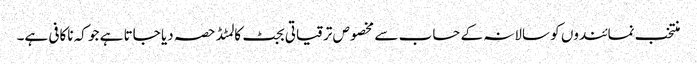
منتخب نمائندوں کو سالانہ کے حساب سے مخصوص ترقیاتی بجٹ کا لمٹڈ حصہ دیا جاتا ہے جو کہ ناکافی ہے۔